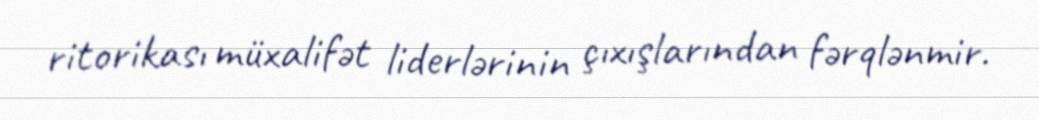
ritorikası müxalifət liderlərinin çıxışlarından fərqlənmir.